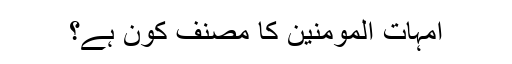
امہات المومنین کا مصنف کون ہے؟